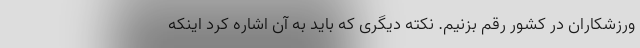
ورزشکاران در کشور رقم بزنیم. نکته دیگری که باید به آن اشاره کرد اینکه